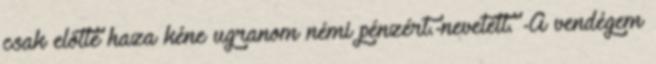
csak előtte haza kéne ugranom némi pénzért.-nevetett. -A vendégem